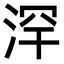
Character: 浫